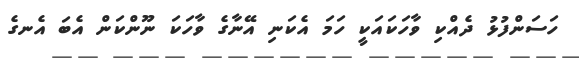
ހަސަންފުޅު ދެއްކި ވާހަކައަކީ ހަމަ އެކަނި އޭނާގެ ވާހަކަ ނޫންކަން އެބަ އެނގެ